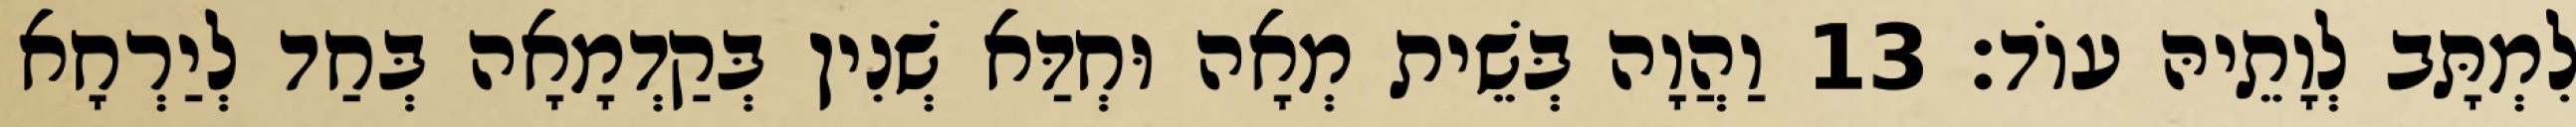
לִמְתָּב לְוָתֵיהּ עוֹד׃ 13 וַהֲוָה בְּשֵׁית מְאָה וּחְדַּא שְׁנִין בְּקַדְמָאָה בְּחַד לְיַרְחָא